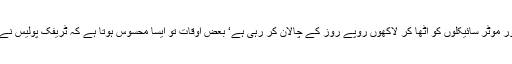
ٹریفک پولیس موٹر سائیکل اور کارپارکنگ کے نام پر اور کبھی نو پارکنگ کے نام پر کاروں اور موٹر سائیکلوں کو اٹھا کر لاکھوں روپے روز کے چالان کر رہی ہے‘ بعض اوقات تو ایسا محسوس ہوتا ہے کہ ٹریفک پولیس نے ڈیلی ویجز پر نوجوانوں کو بھرتی کرکے موٹر سائیکل سواروں کے چالان کرنے پر لگا دیا ہے۔